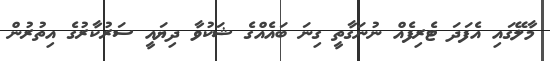
މާލޭގައި އެފަދަ ޓެރިފެއް ނުނަގާތީ ގިނަ ބައެއްގެ ޝަކުވާ ދިޔައީ ސަރުކާރުގެ އިތުރުން